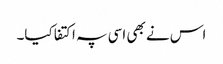
اس نے بھی اسی پہ اکتفا کیا۔